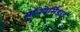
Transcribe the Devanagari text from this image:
यूनिवेर्सिडाड